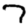
Digit: 7